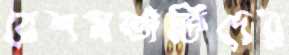
রেশমতাঁতিদের